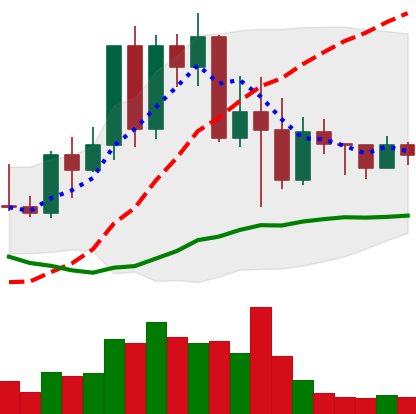
Ticker: TRX-USD
Chart end date: 2022-05-18
Forward return: 7.479%
Label: up_7plus